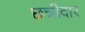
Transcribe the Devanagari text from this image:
छन्नीदार